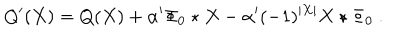
LaTeX: Q ^ { \prime } ( X ) = Q ( X ) + \alpha ^ { \prime } \Phi _ { 0 } \star X - \alpha ^ { \prime } ( - 1 ) ^ { | X | } X \star \Phi _ { 0 } \ .